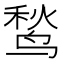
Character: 鹙